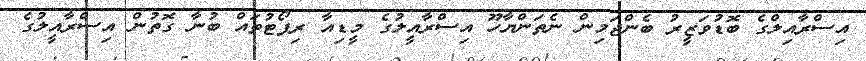
އިސްރާއިލްގެ ބޮޑުވަޒީރު ބެންޖަމިން ނެތަންޔާހޫ އިސްރާއީލުގެ މީޑިއާ ރިޕޯޓުތައް ބުނާ ގޮތުން އިސްރާއީލުގެ